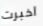
اخبرت